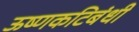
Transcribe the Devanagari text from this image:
ऊष्णकटिबंधी